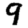
Digit: 9